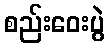
စည်းဝေးပွဲ